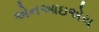
એનઆઇએચ